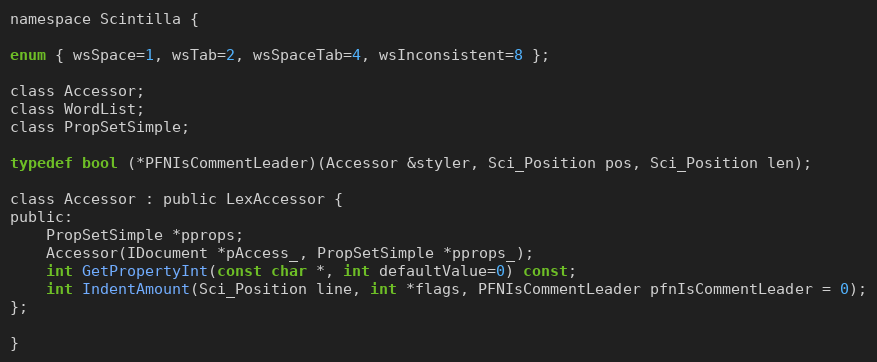
Language: C
namespace Scintilla {

enum { wsSpace=1, wsTab=2, wsSpaceTab=4, wsInconsistent=8 };

class Accessor;
class WordList;
class PropSetSimple;

typedef bool (*PFNIsCommentLeader)(Accessor &styler, Sci_Position pos, Sci_Position len);

class Accessor : public LexAccessor {
public:
	PropSetSimple *pprops;
	Accessor(IDocument *pAccess_, PropSetSimple *pprops_);
	int GetPropertyInt(const char *, int defaultValue=0) const;
	int IndentAmount(Sci_Position line, int *flags, PFNIsCommentLeader pfnIsCommentLeader = 0);
};

}